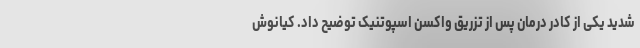
شدید یکی از کادر درمان پس از تزریق واکسن اسپوتنیک توضیح داد. کیانوش